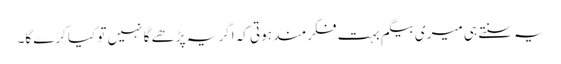
یہ سنتے ہی میری بیگم بہت فکرمند ہوتی کہ اگر یہ پڑھے گا نہیں تو کیا کرے گا۔